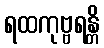
ရထကုဗ္ဗရန္တိ